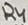
Text: R4